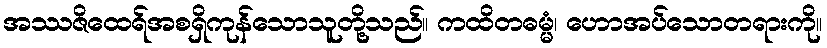
အဿဇိထေရ်အစရှိကုန်သောသူတို့သည်။ ကထိတဓမ္မံ၊ ဟောအပ်သောတရားကို။